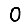
Digit: 0